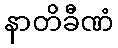
နာတိခီဏံ